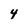
Character: 4